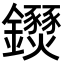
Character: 𨰖